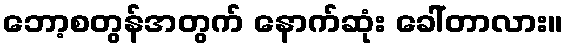
ဘော့စတွန်အတွက် နောက်ဆုံး ခေါ်တာလား။